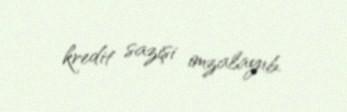
kredit sazişi imzalayıb.